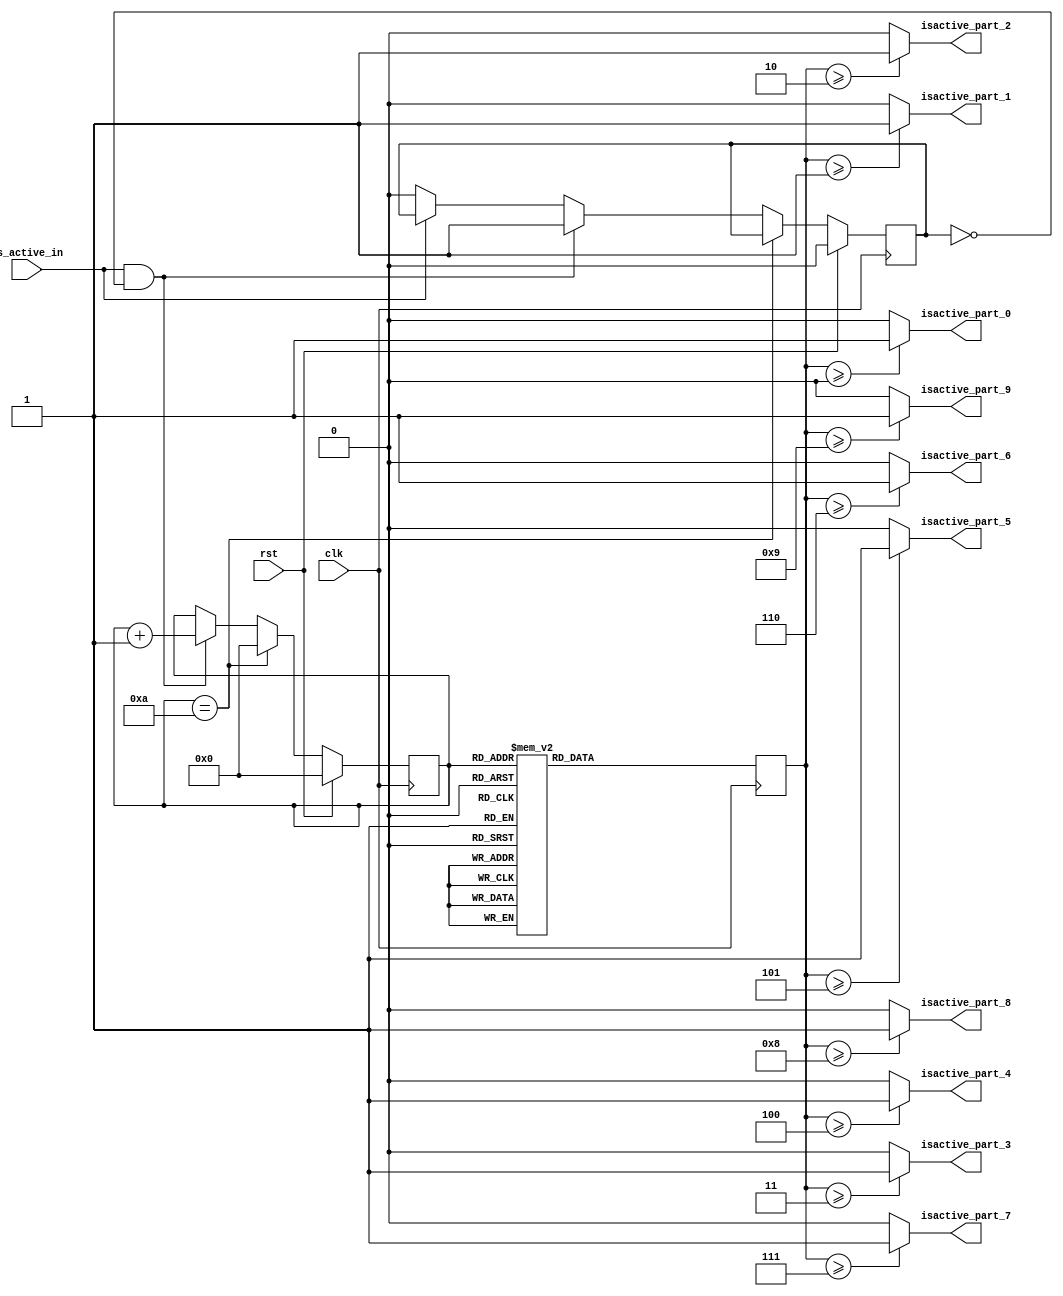
`timescale 1ns / 1ps

module Activation_Snake_Parts
    
    (
        input clk, 
        input is_active_in, 
        input rst, 
        
        output isactive_part_0,
        output isactive_part_1,
        output isactive_part_2,
        output isactive_part_3,
        output isactive_part_4,
        output isactive_part_5,
        output isactive_part_6,
        output isactive_part_7,
        output isactive_part_8,
        output isactive_part_9

    );
    
    reg [3:0] value;
    reg [3:0] count; 
    reg btn_prev_state;
    
    always@(posedge clk)
        begin
            if(rst == 1) 
                begin
                    count <= 0;
                    btn_prev_state <= 0; 
                end
            else
                begin 
                
                    if(count == 10) 
                    
                         count <= 0; 
                    else 
                        if(is_active_in == 1 && btn_prev_state == 0)
                            begin 
                                count <= count + 1;
                                btn_prev_state <= 1; 
                            end
                        else
                            begin
                                if(is_active_in == 0) 
                                    begin
                                        btn_prev_state <= 0; 
                                    end
                            end                
                end
        end
    
    always@(posedge clk) 
        begin 
            case(count)           
                0: value = 4'd0; // 0 
                1: value = 4'd1; // 1
                2: value = 4'd2; // 2
                3: value = 4'd3; // 3
                4: value = 4'd4; // 4
                5: value = 4'd5; // 5 
                6: value = 4'd6; // 6 
                7: value = 4'd7; // 7 
                8: value = 4'd8; // 8
                9: value = 4'd9; // 9   
                default : value = 4'd0; //default value 0          
            endcase
        end
        
    assign isactive_part_0 = (value >= 0) ? 1 : 0 ;
    assign isactive_part_1 = (value >= 1) ? 1 : 0 ;
    assign isactive_part_2 = (value >= 2) ? 1 : 0 ;
    assign isactive_part_3 = (value >= 3) ? 1 : 0 ;    
    assign isactive_part_4 = (value >= 4) ? 1 : 0 ;
    assign isactive_part_5 = (value >= 5) ? 1 : 0 ;
    assign isactive_part_6 = (value >= 6) ? 1 : 0 ;
    assign isactive_part_7 = (value >= 7) ? 1 : 0 ; 
    assign isactive_part_8 = (value >= 8) ? 1 : 0 ;
    assign isactive_part_9 = (value >= 9) ? 1 : 0 ;
                    
endmodule